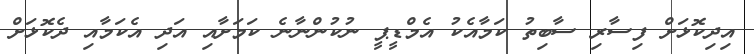
އިދިކޮޅަށް ފިސާރި ސާބިތު ކަމާއެކު އެމްޑީޕީ ނުކުންނާނެ ކަމަށާއި އަދި އެކަމާއި ދެކޮޅަށް